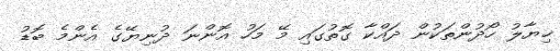
ޚިޔާލު ހޯދުންތަކުން ދައްކާ ގޮތުގައި މޭ މަހު އޮންނަ ދުނިޔޭގެ އެންމެ ބޮޑު